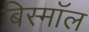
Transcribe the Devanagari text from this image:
बिस्मॉल